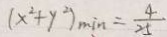
( x ^ { 2 } + y ^ { 2 } ) _ { \min } = \frac { 4 } { 2 5 }